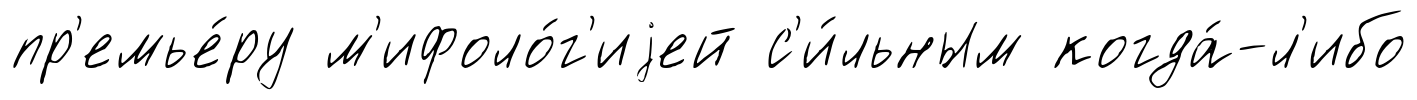
пр'емье́ру м'ифоло́г'иjей с'и́льным когда́-л'ибо